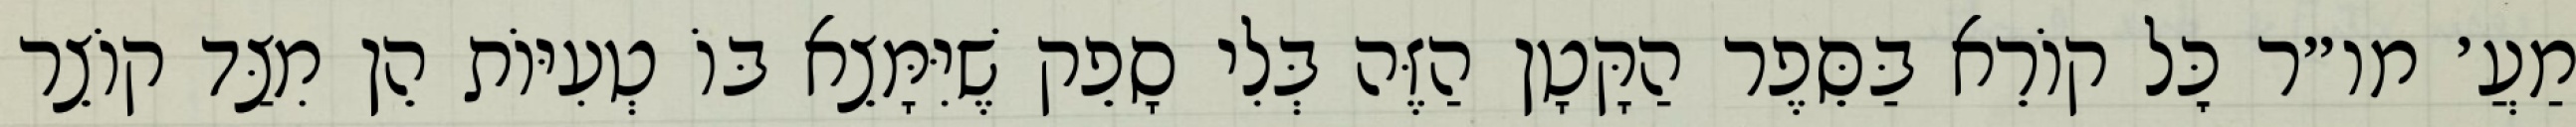
מַעֲ׳ מו״ר כׇּל קוֹרֵא בַּסֵּפֶר הַקָּטָן הַזֶּה בְּלִי סָפֵק שֶׁיִּמָּצֵא בּוֹ טְעִיּוֹת הֵן מִצַּד קוֹצֵר